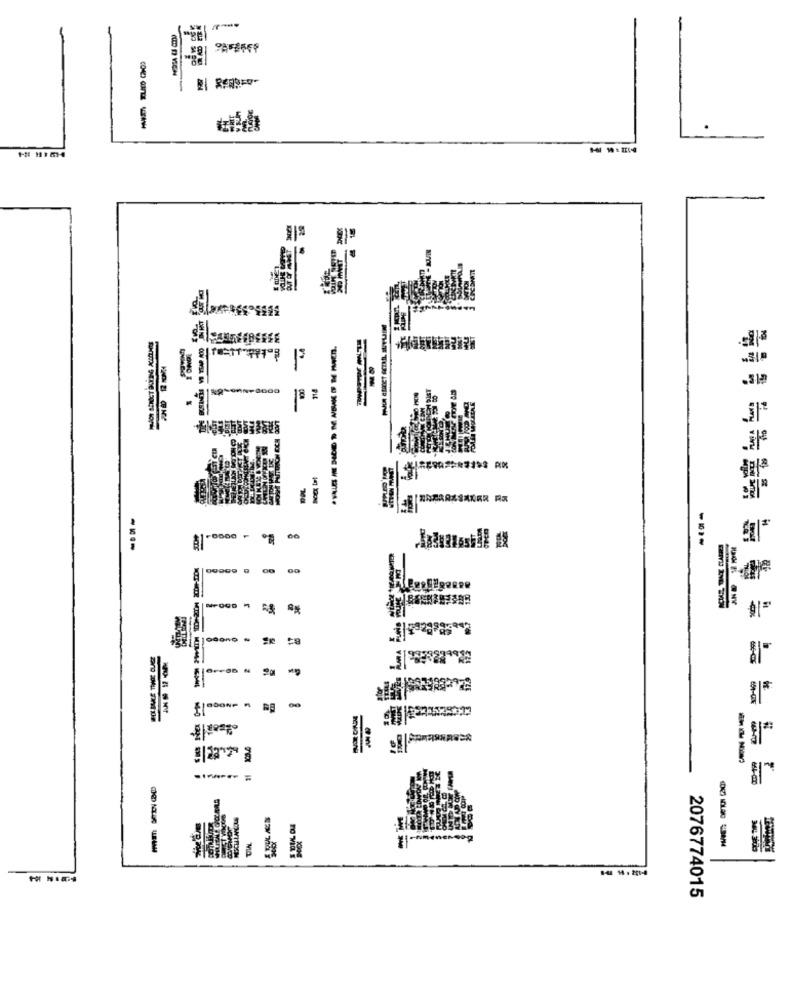
--
149-098+0000
00
Next
LİLİ
-
-----
MO
2076774015